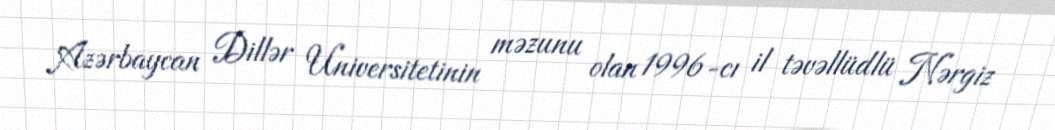
Azərbaycan Dillər Universitetinin məzunu olan 1996-cı il təvəllüdlü Nərgiz